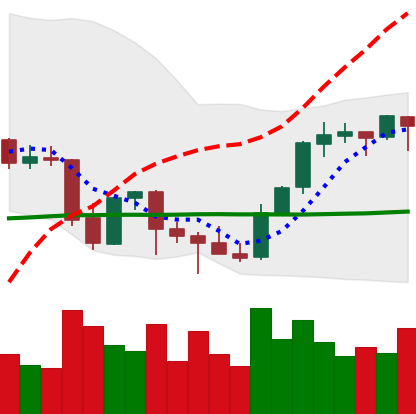
Ticker: BNB-USD
Chart end date: 2021-10-06
Forward return: -5.04%
Label: down_5_7